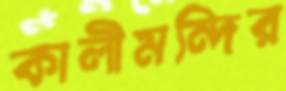
কালীমন্দির